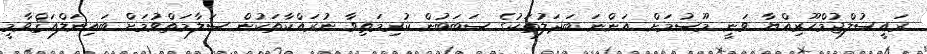
ރައީސުލްޖުމްހޫރިއްޔާ ވަނީ މޫސުމަށް އަންނަ ބަދަލުތަކުގެ ސަބަބުން ކުރިމަތިވާ ނުރައްކާތަކުން ސަލާމަތްވުމަށް ބައިނަލްއަޤްވާމީ